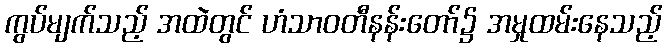
ကွပ်မျက်သည့် အထဲတွင် ဟံသာဝတီနန်းတော်၌ အမှုထမ်းနေသည့်